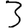
Digit: 3